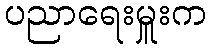
ပညာရေးမှူးက